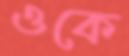
ওকে